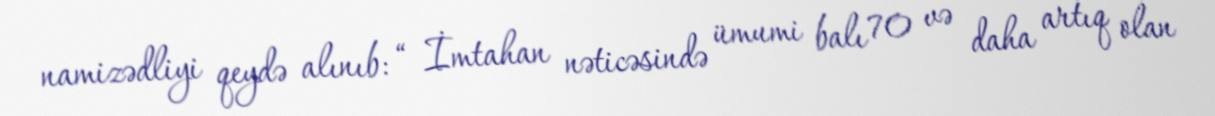
namizədliyi qeydə alınıb: “ İmtahan nəticəsində ümumi balı 70 və daha artıq olan